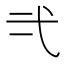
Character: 𭚟